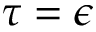
\tau = \epsilon